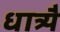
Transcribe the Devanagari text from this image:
धात्र्यै